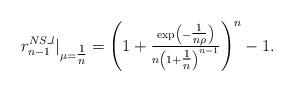
LaTeX: \begin{align*}r_{n-1}^{NS\_l}|_{\mu=\tfrac{1}{n}}=\left(1+\tfrac{\exp\left(-\tfrac{1}{n\rho}\right)}{n\left(1+\tfrac{1}{n}\right)^{n-1}}\right)^n-1.\end{align*}